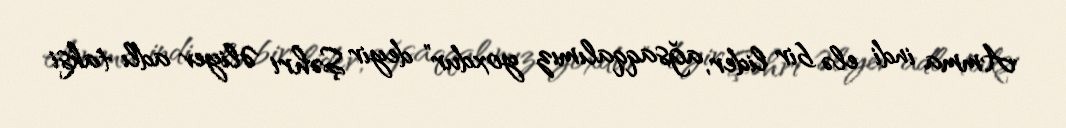
Amma indi elə bir lider, ağsaqqalımız yoxdur” deyir Şəhri Əliyev adlı taksi